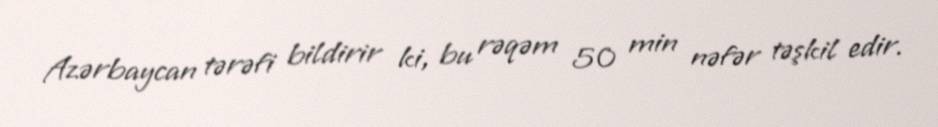
Azərbaycan tərəfi bildirir ki, bu rəqəm 50 min nəfər təşkil edir.